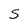
Character: S